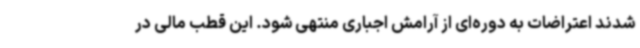
شدند اعتراضات به دوره‌ای از آرامش اجباری منتهی شود. این قطب مالی در